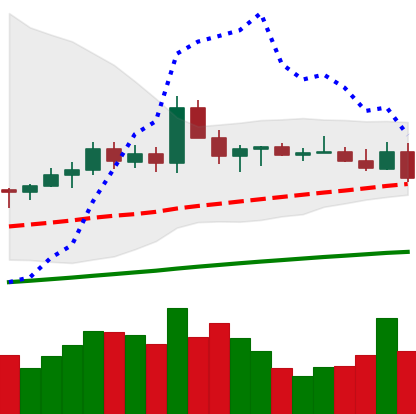
Ticker: ETC-USD
Chart end date: 2021-03-24
Forward return: 10.21%
Label: up_7plus